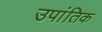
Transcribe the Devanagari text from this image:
उपांतिक